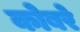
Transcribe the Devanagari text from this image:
कोबरे